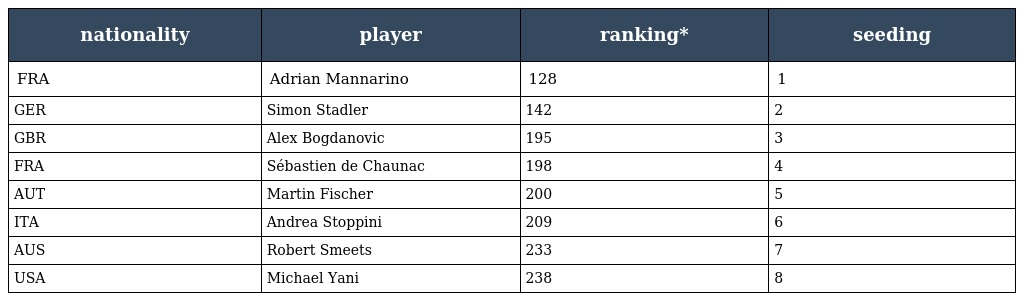
| nationality | player | ranking* | seeding |
 | --- | --- | --- | --- |
 | FRA | Adrian Mannarino | 128 | 1 |
 | GER | Simon Stadler | 142 | 2 |
 | GBR | Alex Bogdanovic | 195 | 3 |
 | FRA | Sébastien de Chaunac | 198 | 4 |
 | AUT | Martin Fischer | 200 | 5 |
 | ITA | Andrea Stoppini | 209 | 6 |
 | AUS | Robert Smeets | 233 | 7 |
 | USA | Michael Yani | 238 | 8 |